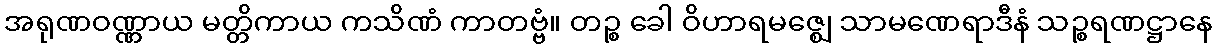
အရုဏဝဏ္ဏာယ မတ္တိကာယ ကသိဏံ ကာတဗ္ဗံ။ တဉ္စ ခေါ ဝိဟာရမဇ္ဈေ သာမဏေရာဒီနံ သဉ္စရဏဋ္ဌာနေ